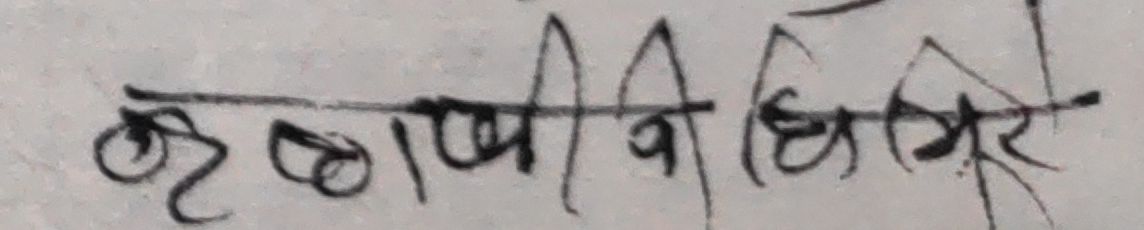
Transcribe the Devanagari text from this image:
कृष्णवी धिमिरे